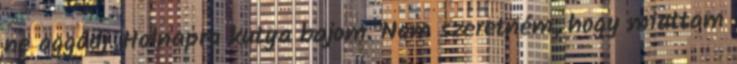
ne aggódj. Holnapra kutya bajom. Nem szeretném, hogy miattam